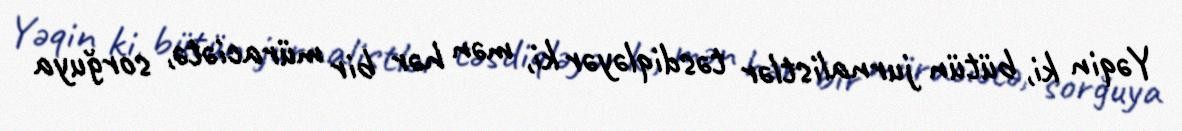
Yəqin ki, bütün jurnalistlər təsdiqləyər ki, mən hər bir müraciətə, sorğuya